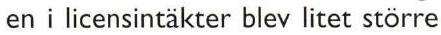
en i licensintäkter blev litet större